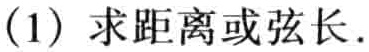
(1) 求距离或弦长.